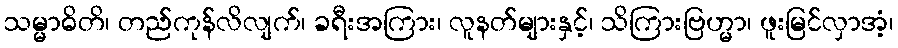
သမ္မာဓိတိ၊ တည်ကုန်လိလျက်၊ ခရီးအကြား၊ လူနတ်များနှင့်၊ သိကြားဗြဟ္မာ၊ ဖူးမြင်လှာအံ့၊